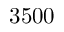
3 5 0 0